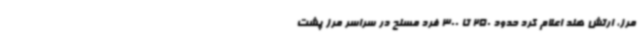
مرز، ارتش هند اعلام کرد حدود 250 تا 300 فرد مسلح در سراسر مرز پشت